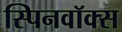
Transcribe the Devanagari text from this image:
स्पिनवॉक्स